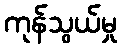
ကုန်သွယ်မှု